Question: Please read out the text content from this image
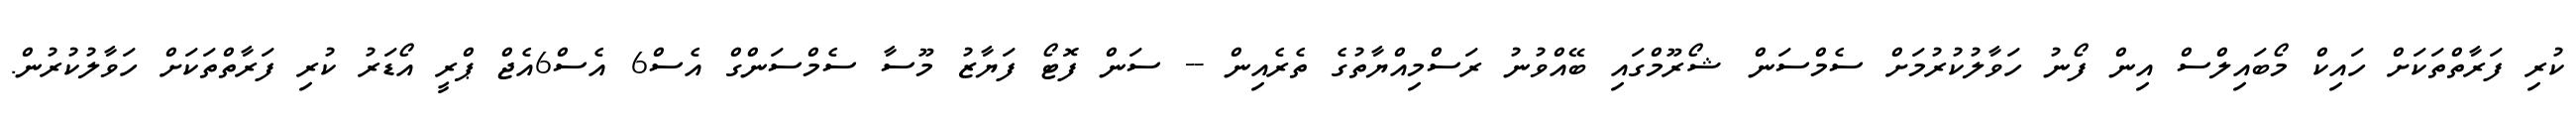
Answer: ކުރި ފަރާތްތަކަށް ހައިކް މޯބައިލްސް އިން ފޯނު ހަވާލުކުރުމަށް ސެމްސަން ޝޯރޫމްގައި ބޭއްވުނު ރަސްމިއްޔާތުގެ ތެރެއިން -- ސަން ފޮޓޯ ފަޔާޒު މޫސާ ސެމްސަންގް އެސް6 އެސް6އެޖް ޕްރީ އޯޑަރު ކުރި ފަރާތްތަކަށް ހަވާލުކުރުން.